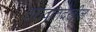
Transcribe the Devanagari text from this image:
ठरावातदेखील